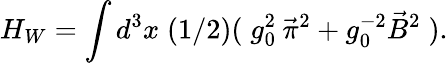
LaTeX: H_{W}=\int d^{3}x\; (1/2)(\; g_{0}^{2}\: \vec{\pi}^{2}+g_{0}^{-2}\vec{B}^{2}\; ).